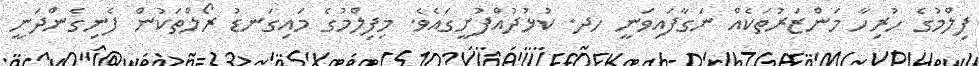
ފިލްމުގެ ހުރިހާ މަންޒަރުތަކެއް ނަގާފައިވަނީ ހދ. ކުޅުދުއްފުށީގައެވެ. މިފިލްމުގެ މައިގަނޑު ރޯލްތަކުން ފެނިގެންދަނީ